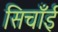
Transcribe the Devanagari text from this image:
सिचाँई